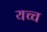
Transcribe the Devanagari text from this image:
यच्च